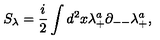
S _ { \lambda } = { \frac { i } { 2 } } \int d ^ { 2 } x \lambda _ { + } ^ { a } \partial _ { -- } \lambda _ { + } ^ { a } ,